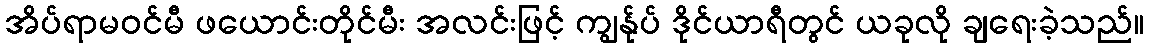
အိပ်ရာမဝင်မီ ဖယောင်းတိုင်မီး အလင်းဖြင့် ကျွန်ုပ် ဒိုင်ယာရီတွင် ယခုလို ချရေးခဲ့သည်။